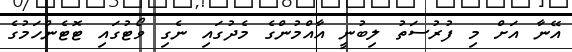
އޭނާ އަށް މި ފުރުސަތު ލިބުނީ އާއްމުންގެ މެދުގައި ނެގި ވޯޓުގައި ޓޮޓެންހަމުގެ